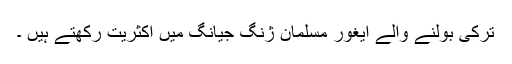
ترکی بولنے والے ایغور مسلمان ژنگ جیانگ میں اکثریت رکھتے ہیں ۔